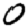
Digit: 0